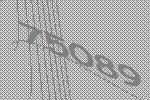
75089